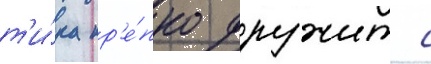
т'и́ка кр'е́пко дружит с